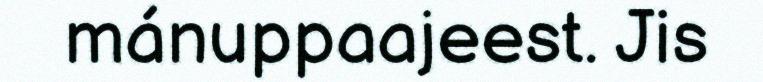
mánuppaajeest. Jis